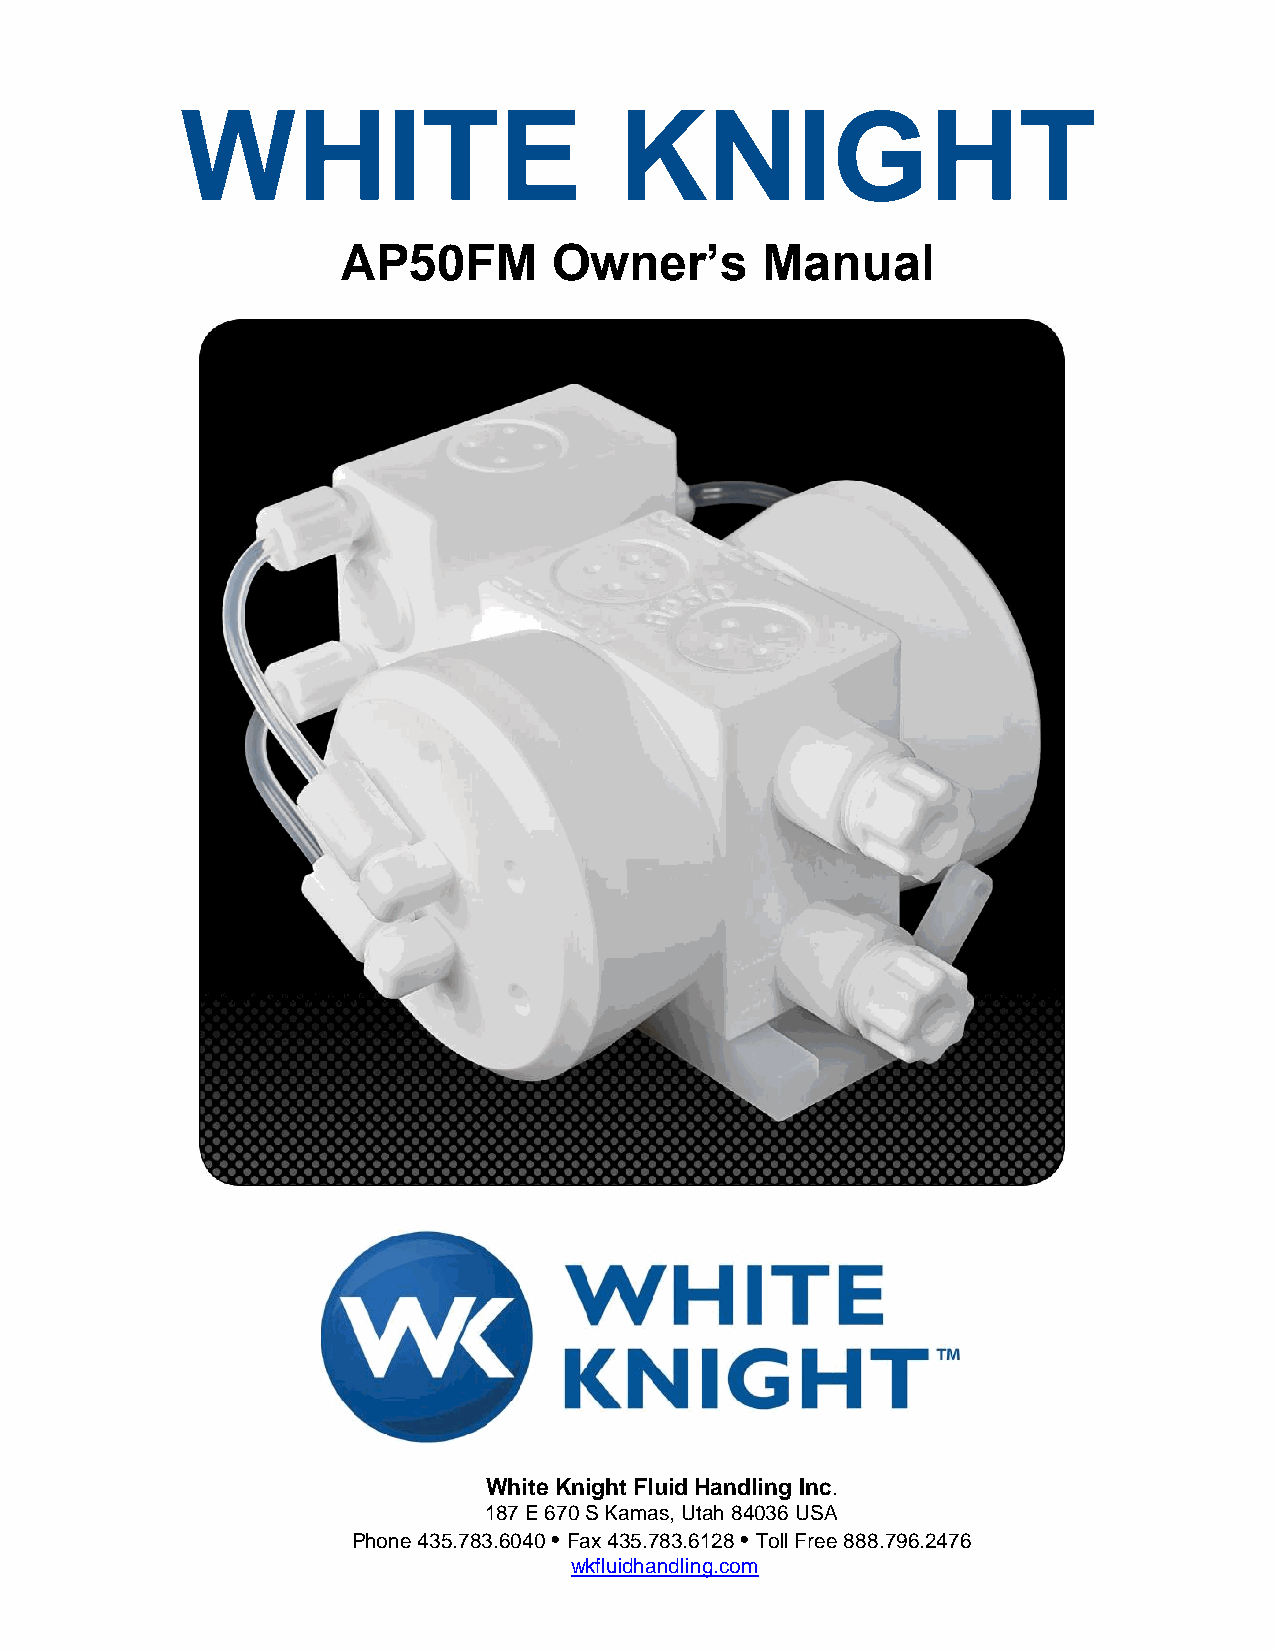
WHITE                        KNIGHT
 AP50FM        Own    er’s  Manual
 White Knight Fluid Handling Inc.
 187 E 670 S Kamas, Utah 84036 USA
 Phone 435.783.6040 • Fax 435.783.6128 • Toll Free 888.796.2476
 wkfluidhandling.com